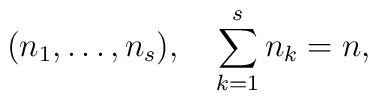
(n_1,\ldots, n_s), \quad \sum_{k=1}^s n_k=n,